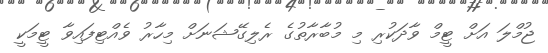
ޖުމްލަ އަށް ޓީމް ވާދަކުރި މި މުބާރާތުގެ ރެލިގޭޝަނަށް މިހާރު ވެއްޓިފައިވާ ޓީމަކީ